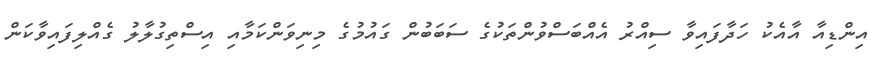
އިންޑިއާ އާއެކު ހަދާފައިވާ ސިއްރު އެއްބަސްވުންތަކުގެ ސަބަބުން ގައުމުގެ މިނިވަންކަމާއި އިސްތިގުލާލު ގެއްލިފައިވާކަން